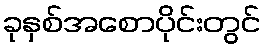
ခုနှစ်အစောပိုင်းတွင်